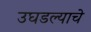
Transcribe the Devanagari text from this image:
उघडल्‍याचे